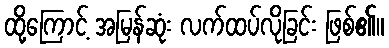
ထို့ကြောင့် အမြန်ဆုံး လက်ထပ်လိုခြင်း ဖြစ်၏။